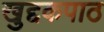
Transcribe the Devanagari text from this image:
खुद्दकपाठ